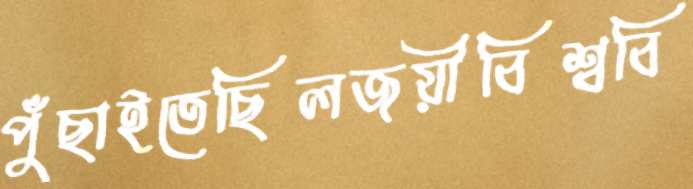
পুঁছাইতেছিলজয়ীবিশ্ববি